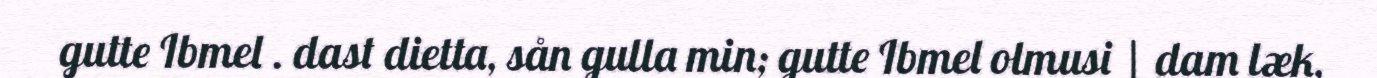
gutte Ibmel . dast dietta, sån gulla min; gutte Ibmel olmusi | dam læk,